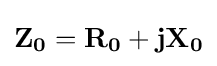
\mathbf {Z_{0}} =\mathbf {R_{0}} +\mathbf {j} \mathbf {X_{0}}